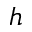
h